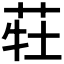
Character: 𰱆